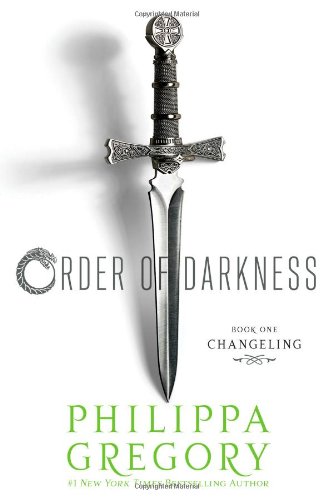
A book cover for Changeling (Order of Darkness); Philippa Gregory; Teen & Young Adult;